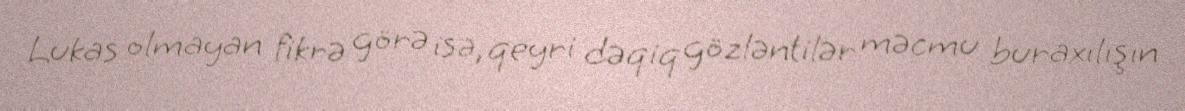
Lukas olmayan fikrə görə isə, qeyri dəqiq gözləntilər məcmu buraxılışın